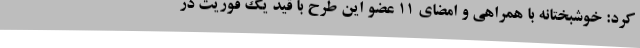
کرد: خوشبختانه با همراهی و امضای 11 عضو این طرح با قید یک فوریت در